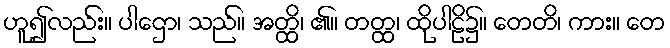
ဟူ၍လည်း။ ပါဌော၊ သည်။ အတ္ထိ၊ ၏။ တတ္ထ၊ ထိုပါဠိ၌။ တေတိ၊ ကား။ တေ